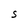
Character: S